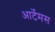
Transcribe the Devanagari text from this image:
आर्टेमस